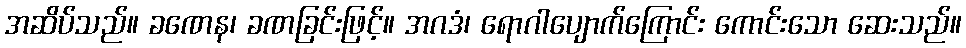
အဆိပ်သည်။ ခဏေန၊ ခဏခြင်းဖြင့်။ အဂဒံ၊ ရောဂါပျောက်ကြောင်း ကောင်းသော ဆေးသည်။